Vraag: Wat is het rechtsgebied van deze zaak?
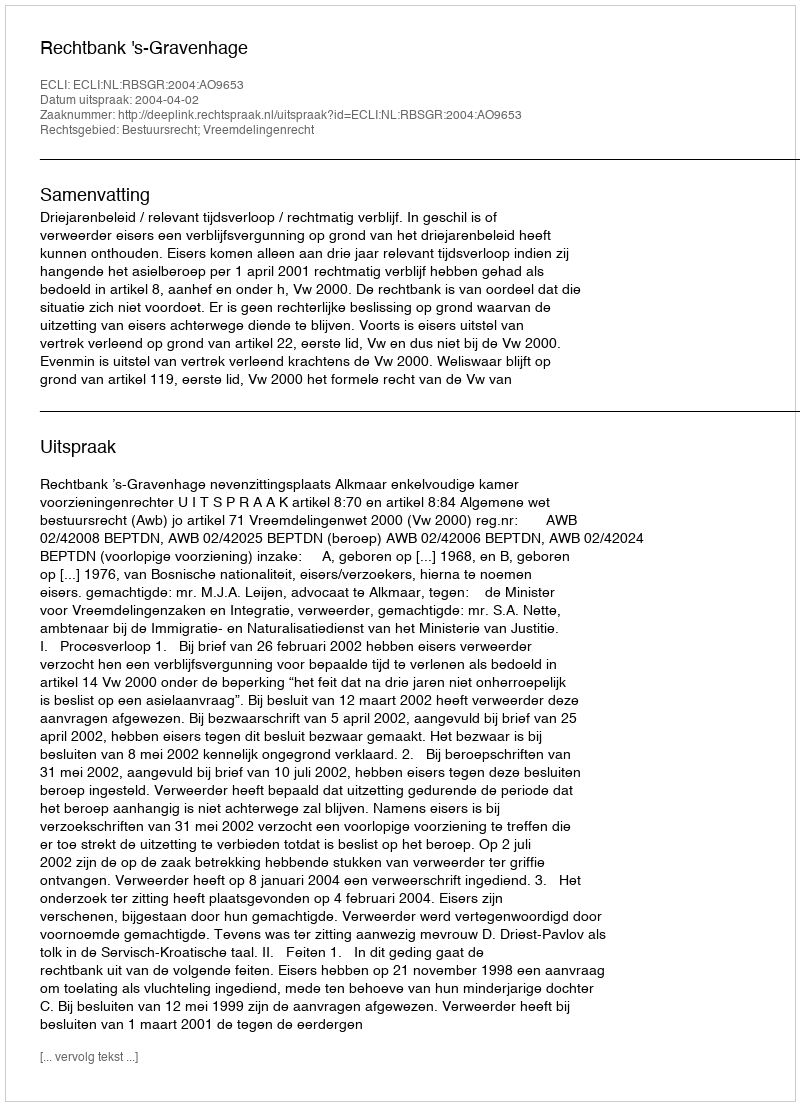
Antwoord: Bestuursrecht; Vreemdelingenrecht